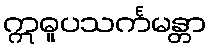
ဣဓူပသင်္ကမန္တာ